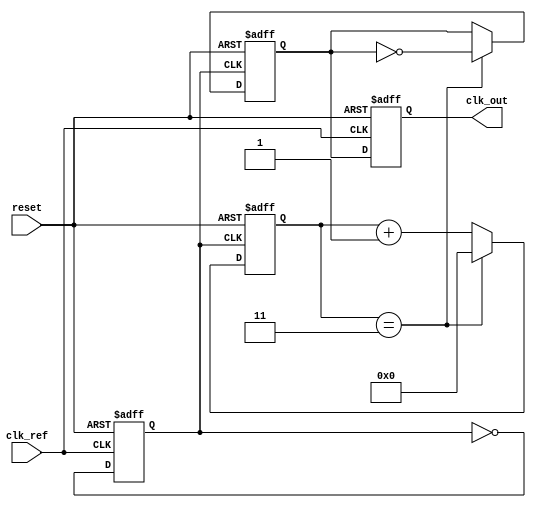
module linear_PLL (
    input wire clk_ref,          // Reference clock input
    input wire reset,            // Asynchronous reset
    output reg clk_out           // Output clock after phase locking
);

    // Phase Detector (PD) signals
    reg pd_out;                 // Phase detector output
    reg pd_prev;                // Previous phase detector output

    // Loop Filter (simple first-order for demonstration)
    reg [7:0] loop_filter;      // Control voltage for VCO
    reg [7:0] loop_filter_prev; // Previous loop filter value

    // Voltage-Controlled Oscillator (VCO)
    reg [7:0] vco_freq;         // VCO frequency control
    reg clk_vco;                // VCO output clock

    // Frequency Divider
    reg [3:0] divider_count;    // Divider counter
    reg clk_div;                // Divided clock output

    // Phase Detector Logic
    always @(posedge clk_ref or posedge reset) begin
        if (reset) begin
            pd_out <= 0;
            pd_prev <= 0;
        end else begin
            pd_out <= clk_ref ^ clk_div; // XOR for phase detection
            pd_prev <= pd_out;
        end
    end

    // Loop Filter Logic (simple integrator for demonstration)
    always @(posedge clk_ref or posedge reset) begin
        if (reset) begin
            loop_filter <= 0;
            loop_filter_prev <= 0;
        end else begin
            if (pd_out) begin
                loop_filter <= loop_filter_prev + 1; // Increase control voltage
            end else begin
                loop_filter <= loop_filter_prev - 1; // Decrease control voltage
            end
            loop_filter_prev <= loop_filter;
        end
    end

    // VCO Logic (simple frequency control based on loop filter)
    always @(posedge clk_ref or posedge reset) begin
        if (reset) begin
            vco_freq <= 0;
            clk_vco <= 0;
        end else begin
            vco_freq <= loop_filter; // Control frequency based on filter
            clk_vco <= ~clk_vco; // Toggle VCO output clock
        end
    end

    // Frequency Divider Logic
    always @(posedge clk_vco or posedge reset) begin
        if (reset) begin
            divider_count <= 0;
            clk_div <= 0;
        end else begin
            divider_count <= divider_count + 1;
            if (divider_count == 4'd3) begin // Divide by 4
                clk_div <= ~clk_div;
                divider_count <= 0; // Reset counter
            end
        end
    end

    // Output Clock Generation
    always @(posedge clk_ref or posedge reset) begin
        if (reset) begin
            clk_out <= 0;
        end else begin
            clk_out <= clk_div; // Output the divided clock
        end
    end

endmodule